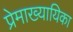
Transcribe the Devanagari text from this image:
प्रेमाख्यायिका